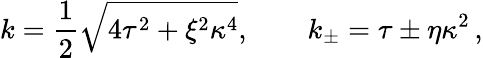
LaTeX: k=\frac{1}{2}\sqrt{4\tau^{2}+\xi^{2}\kappa^{4}},\qquad k_{\pm}=\tau\pm\eta\kappa^{2}\, ,